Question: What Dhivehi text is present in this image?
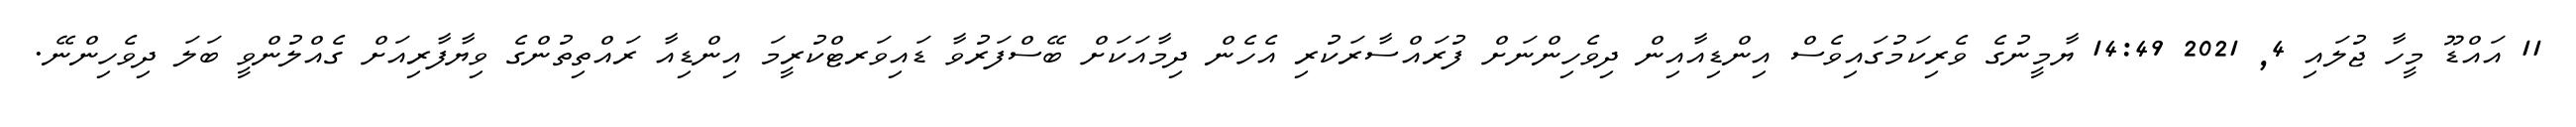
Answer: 11 އައްޑޫ މީހާ ޖުލައި 4, 2021 14:49 ޔާމީނުގެ ވެރިކަމުގައިވެސް އިންޑިއާއިން ދިވެހިންނަށް ފުރައްސާރަކުރި އެހެން ދިމާއަކަށް ބޭސްފަރުވާ ޑައިވަރޓްކުރީމަ އިންޑިއާ ރައްތިތުންގެ ވިޔާފާރިއަށް ގެއްލުންވީ ބަލަ ދިވެހިންނޭ.